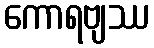
ကောရဗျဿ